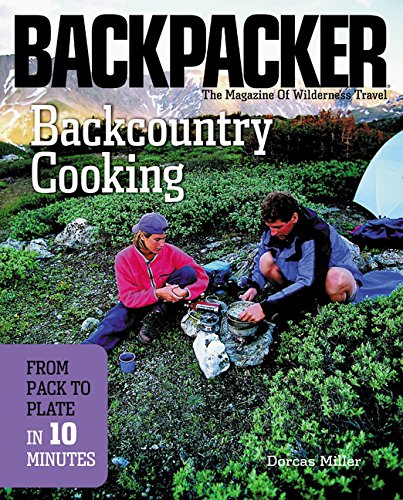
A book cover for Backcountry Cooking: From Pack to Plate in 10 Minutes (Backpacker Field Guides); Dorcas S. Miller; Cookbooks, Food & Wine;